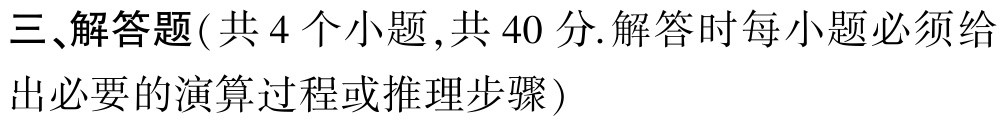
三、解答题(共 4 个小题 ,共 40 分.解答时每小题必须给出必要的演算过程或推理步骤)